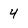
Character: 4